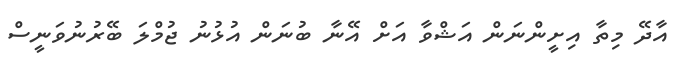
އާދޭ މިތާ އިށީންނަން އަޝްވާ އަށް އޭނާ ބުނަން އުޅުނު ޖުމްލަ ބޭރުނުވަނީސް